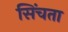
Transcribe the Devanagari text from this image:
सिंचता